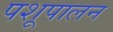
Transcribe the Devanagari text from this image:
पशूपालन